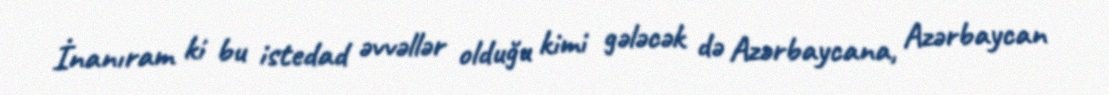
İnanıram ki bu istedad əvvəllər olduğu kimi gələcək də Azərbaycana, Azərbaycan